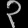
Digit: ၃